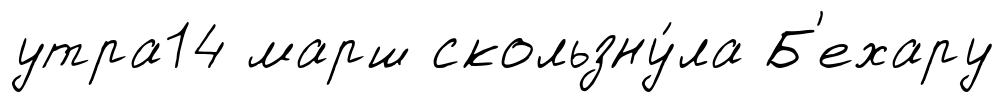
утра14 марш скользну́ла Б'ехару